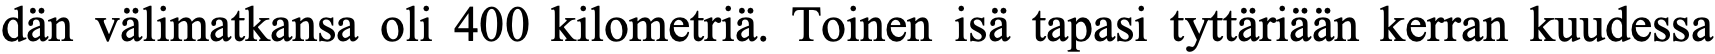
dän välimatkansa oli 400 kilometriä. Toinen isä tapasi tyttäriään kerran kuudessa